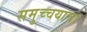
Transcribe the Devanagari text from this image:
समुच्चयाचा